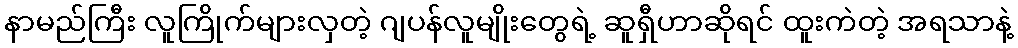
နာမည်ကြီး လူကြိုက်များလှတဲ့ ဂျပန်လူမျိုးတွေရဲ့ ဆူရှီဟာဆိုရင် ထူးကဲတဲ့ အရသာနဲ့